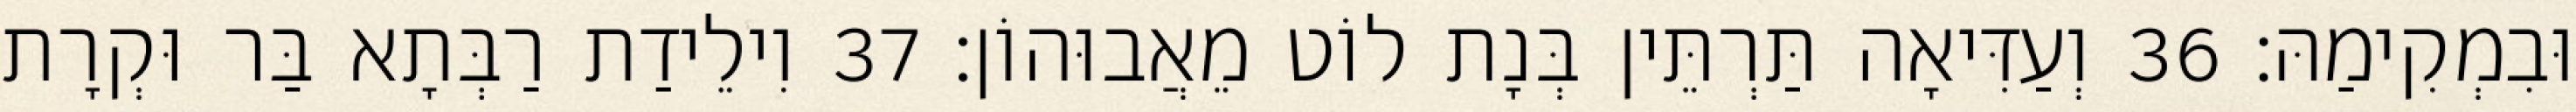
וּבִמְקִימַהּ׃ 36 וְעַדִּיאָה תַּרְתֵּין בְּנָת לוֹט מֵאֲבוּהוֹן׃ 37 וִילֵידַת רַבְּתָא בַּר וּקְרָת